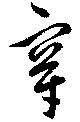
穿